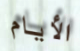
الأيام